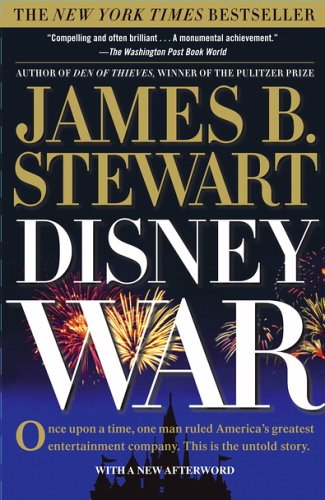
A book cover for DisneyWar; James B. Stewart; Business & Money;